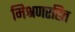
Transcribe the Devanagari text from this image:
मिश्रणरहित